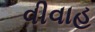
વીવાહ